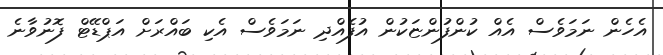
އެހެން ނަމަވެސް އެއް ކުންފުންޏަކުން އުފެއްދި ނަމަވެސް އެކި ބައްރަށް އަޕްޑޭޓް ފޮނުވާނެ